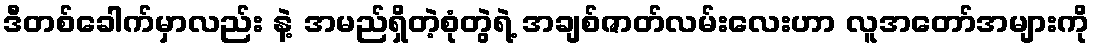
ဒီတစ်ခေါက်မှာလည်း နဲ့ အမည်ရှိတဲ့စုံတွဲရဲ့ အချစ်ဇာတ်လမ်းလေးဟာ လူအတော်အများကို